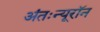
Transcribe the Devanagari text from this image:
अंतःन्यूरॉन